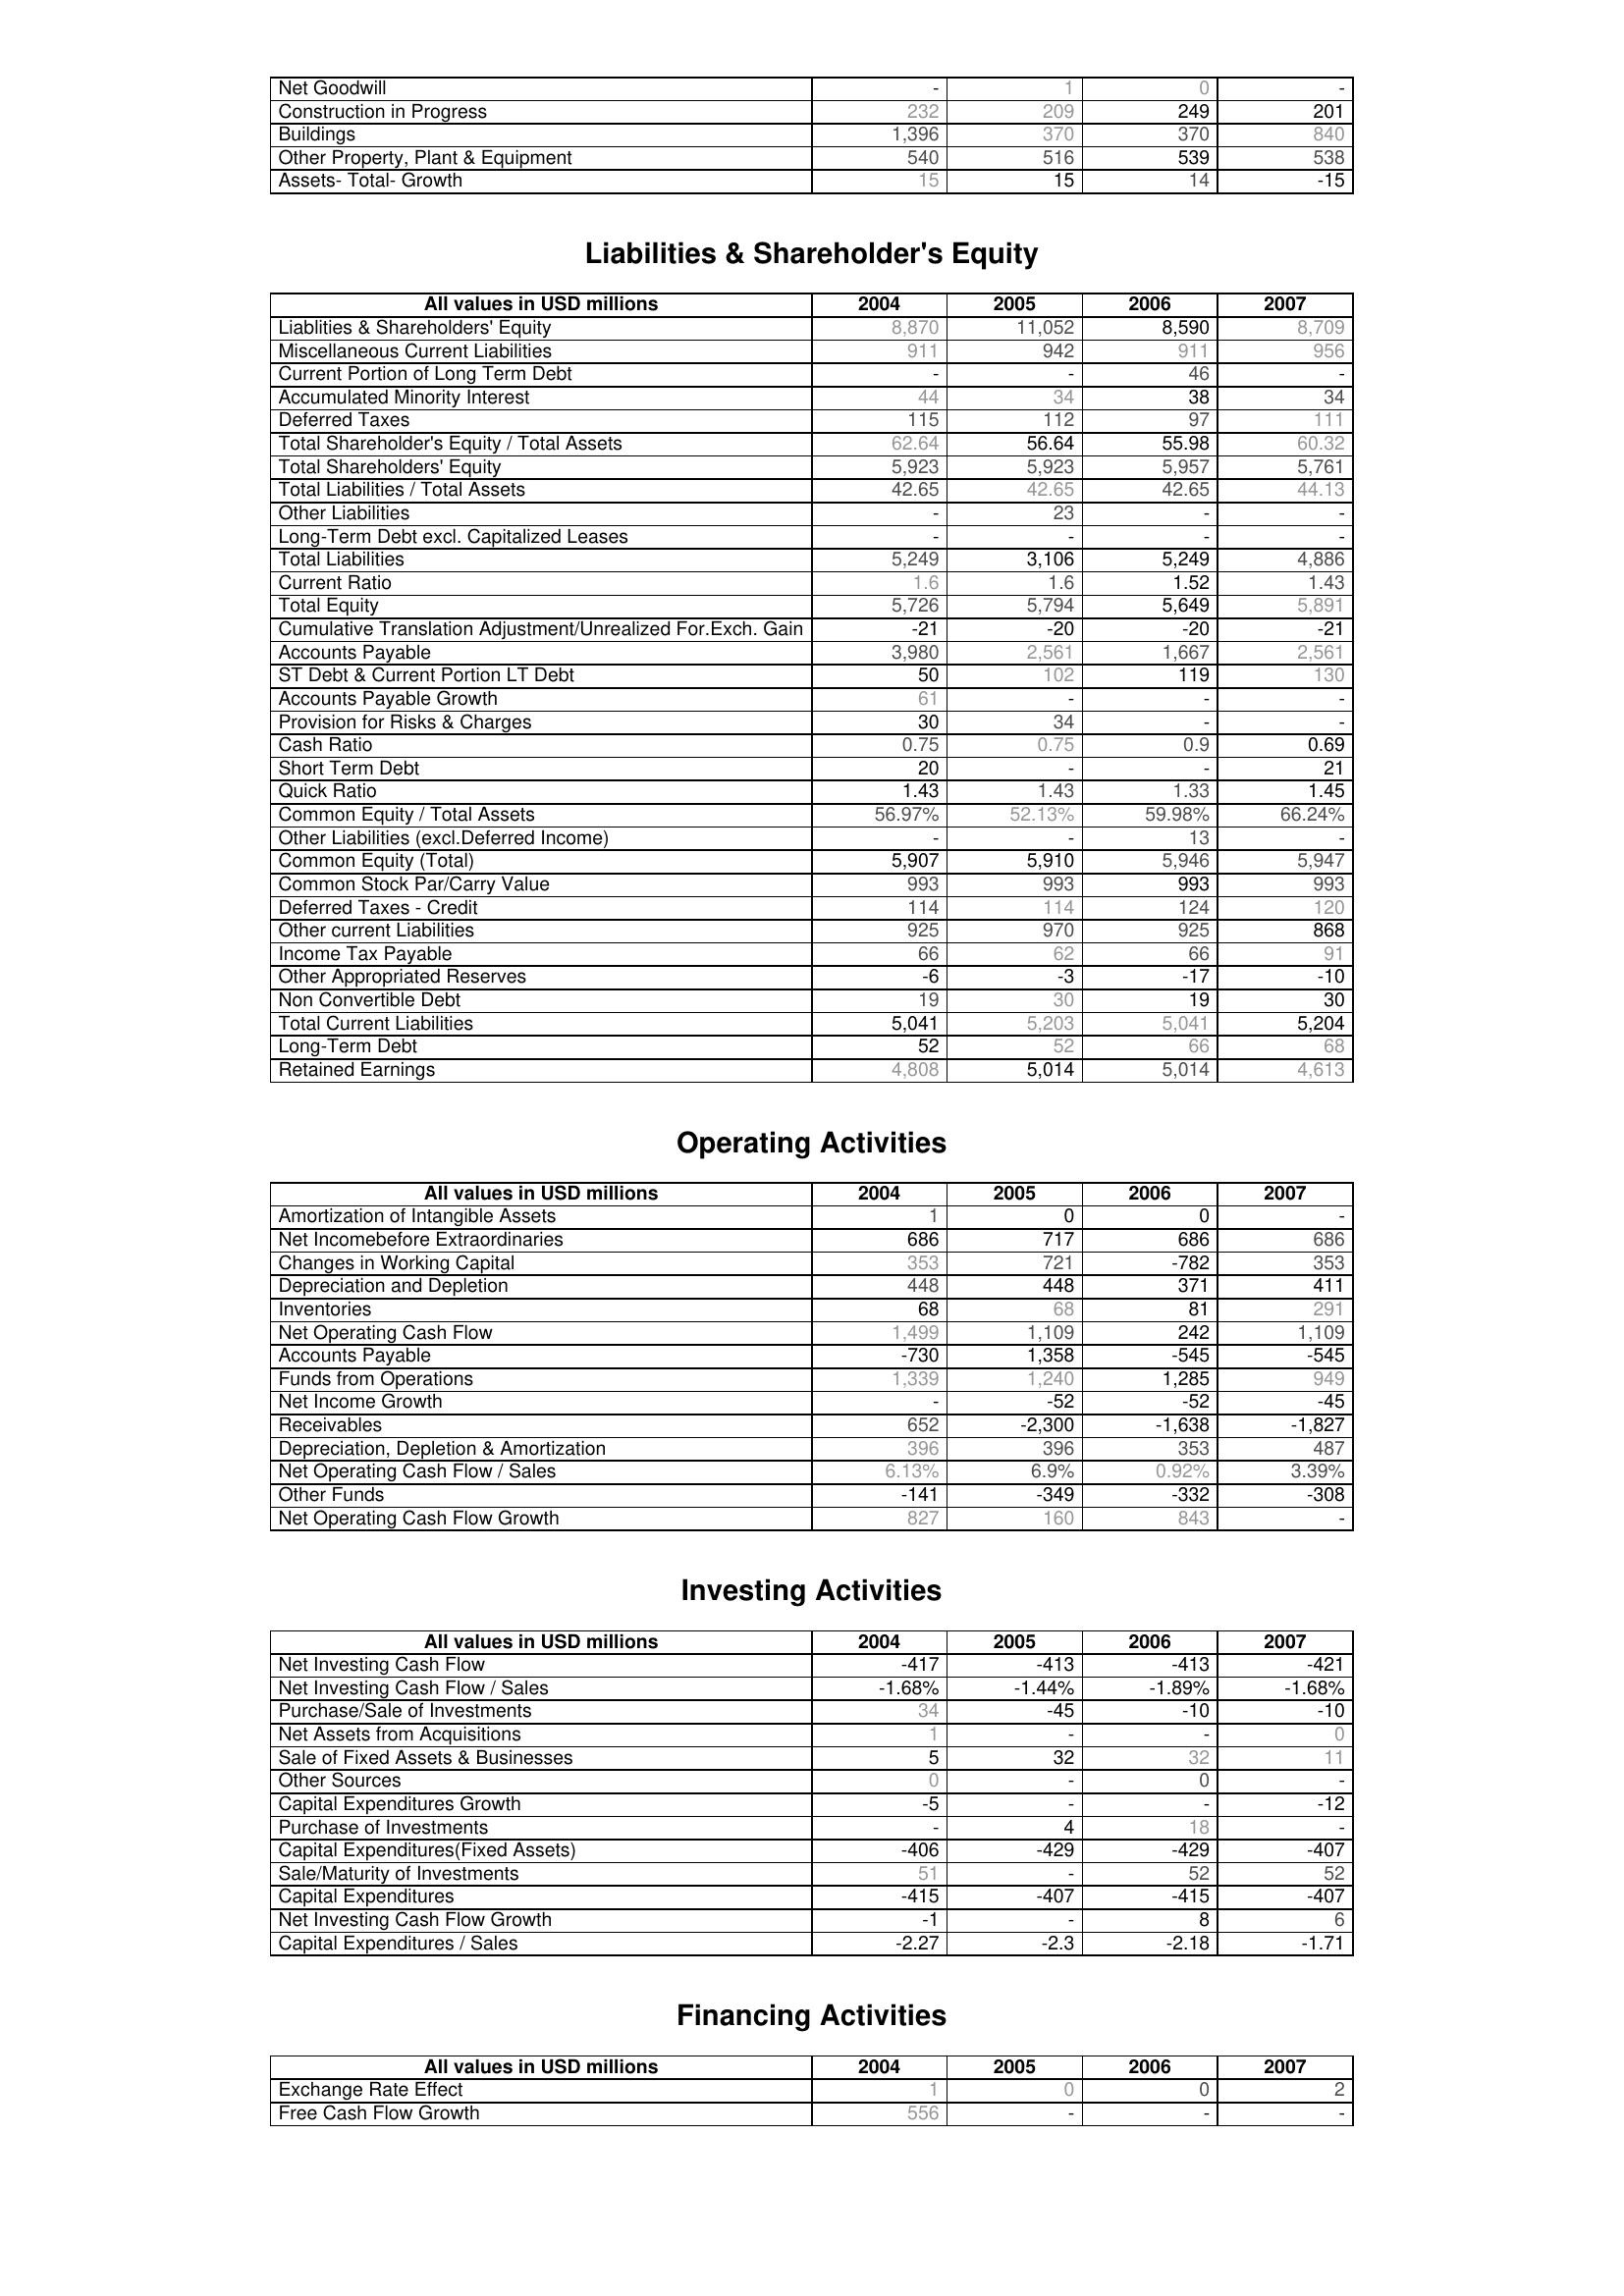
2004: Assets: Net Goodwill: -
Construction in Progress: 232
Buildings: 1,396
Other Property, Plant & Equipment: 540
Assets- Total- Growth: 15
Liabilities & Shareholder's Equity: Liablities & Shareholders' Equity: 8,870
Miscellaneous Current Liabilities: 911
Current Portion of Long Term Debt: -
Accumulated Minority Interest: 44
Deferred Taxes: 115
Total Shareholder's Equity / Total Assets: 62.64
Total Shareholders' Equity: 5,923
Total Liabilities / Total Assets: 42.65
Other Liabilities: -
Long-Term Debt excl. Capitalized Leases: -
Total Liabilities: 5,249
Current Ratio: 1.6
Total Equity: 5,726
Cumulative Translation Adjustment/Unrealized For.Exch. Gain: -21
Accounts Payable: 3,980
ST Debt & Current Portion LT Debt: 50
Accounts Payable Growth: 61
Provision for Risks & Charges: 30
Cash Ratio: 0.75
Short Term Debt: 20
Quick Ratio: 1.43
Common Equity / Total Assets: 56.97%
Other Liabilities (excl.Deferred Income): -
Common Equity (Total): 5,907
Common Stock Par/Carry Value: 993
Deferred Taxes - Credit: 114
Other current Liabilities: 925
Income Tax Payable: 66
Other Appropriated Reserves: -6
Non Convertible Debt: 19
Total Current Liabilities: 5,041
Long-Term Debt: 52
Retained Earnings: 4,808
Operating Activities: Amortization of Intangible Assets: 1
Net Incomebefore Extraordinaries: 686
Changes in Working Capital: 353
Depreciation and Depletion: 448
Inventories: 68
Net Operating Cash Flow: 1,499
Accounts Payable: -730
Funds from Operations: 1,339
Net Income Growth: -
Receivables: 652
Depreciation, Depletion & Amortization: 396
Net Operating Cash Flow / Sales: 6.13%
Other Funds: -141
Net Operating Cash Flow Growth: 827
Investing Activities: Net Investing Cash Flow: -417
Net Investing Cash Flow / Sales: -1.68%
Purchase/Sale of Investments: 34
Net Assets from Acquisitions: 1
Sale of Fixed Assets & Businesses: 5
Other Sources: 0
Capital Expenditures Growth: -5
Purchase of Investments: -
Capital Expenditures(Fixed Assets): -406
Sale/Maturity of Investments: 51
Capital Expenditures: -415
Net Investing Cash Flow Growth: -1
Capital Expenditures / Sales: -2.27
Financing Activities: Exchange Rate Effect: 1
Free Cash Flow Growth: 556
2005: Assets: Net Goodwill: 1
Construction in Progress: 209
Buildings: 370
Other Property, Plant & Equipment: 516
Assets- Total- Growth: 15
Liabilities & Shareholder's Equity: Liablities & Shareholders' Equity: 11,052
Miscellaneous Current Liabilities: 942
Current Portion of Long Term Debt: -
Accumulated Minority Interest: 34
Deferred Taxes: 112
Total Shareholder's Equity / Total Assets: 56.64
Total Shareholders' Equity: 5,923
Total Liabilities / Total Assets: 42.65
Other Liabilities: 23
Long-Term Debt excl. Capitalized Leases: -
Total Liabilities: 3,106
Current Ratio: 1.6
Total Equity: 5,794
Cumulative Translation Adjustment/Unrealized For.Exch. Gain: -20
Accounts Payable: 2,561
ST Debt & Current Portion LT Debt: 102
Accounts Payable Growth: -
Provision for Risks & Charges: 34
Cash Ratio: 0.75
Short Term Debt: -
Quick Ratio: 1.43
Common Equity / Total Assets: 52.13%
Other Liabilities (excl.Deferred Income): -
Common Equity (Total): 5,910
Common Stock Par/Carry Value: 993
Deferred Taxes - Credit: 114
Other current Liabilities: 970
Income Tax Payable: 62
Other Appropriated Reserves: -3
Non Convertible Debt: 30
Total Current Liabilities: 5,203
Long-Term Debt: 52
Retained Earnings: 5,014
Operating Activities: Amortization of Intangible Assets: 0
Net Incomebefore Extraordinaries: 717
Changes in Working Capital: 721
Depreciation and Depletion: 448
Inventories: 68
Net Operating Cash Flow: 1,109
Accounts Payable: 1,358
Funds from Operations: 1,240
Net Income Growth: -52
Receivables: -2,300
Depreciation, Depletion & Amortization: 396
Net Operating Cash Flow / Sales: 6.9%
Other Funds: -349
Net Operating Cash Flow Growth: 160
Investing Activities: Net Investing Cash Flow: -413
Net Investing Cash Flow / Sales: -1.44%
Purchase/Sale of Investments: -45
Net Assets from Acquisitions: -
Sale of Fixed Assets & Businesses: 32
Other Sources: -
Capital Expenditures Growth: -
Purchase of Investments: 4
Capital Expenditures(Fixed Assets): -429
Sale/Maturity of Investments: -
Capital Expenditures: -407
Net Investing Cash Flow Growth: -
Capital Expenditures / Sales: -2.3
Financing Activities: Exchange Rate Effect: 0
Free Cash Flow Growth: -
2006: Assets: Net Goodwill: 0
Construction in Progress: 249
Buildings: 370
Other Property, Plant & Equipment: 539
Assets- Total- Growth: 14
Liabilities & Shareholder's Equity: Liablities & Shareholders' Equity: 8,590
Miscellaneous Current Liabilities: 911
Current Portion of Long Term Debt: 46
Accumulated Minority Interest: 38
Deferred Taxes: 97
Total Shareholder's Equity / Total Assets: 55.98
Total Shareholders' Equity: 5,957
Total Liabilities / Total Assets: 42.65
Other Liabilities: -
Long-Term Debt excl. Capitalized Leases: -
Total Liabilities: 5,249
Current Ratio: 1.52
Total Equity: 5,649
Cumulative Translation Adjustment/Unrealized For.Exch. Gain: -20
Accounts Payable: 1,667
ST Debt & Current Portion LT Debt: 119
Accounts Payable Growth: -
Provision for Risks & Charges: -
Cash Ratio: 0.9
Short Term Debt: -
Quick Ratio: 1.33
Common Equity / Total Assets: 59.98%
Other Liabilities (excl.Deferred Income): 13
Common Equity (Total): 5,946
Common Stock Par/Carry Value: 993
Deferred Taxes - Credit: 124
Other current Liabilities: 925
Income Tax Payable: 66
Other Appropriated Reserves: -17
Non Convertible Debt: 19
Total Current Liabilities: 5,041
Long-Term Debt: 66
Retained Earnings: 5,014
Operating Activities: Amortization of Intangible Assets: 0
Net Incomebefore Extraordinaries: 686
Changes in Working Capital: -782
Depreciation and Depletion: 371
Inventories: 81
Net Operating Cash Flow: 242
Accounts Payable: -545
Funds from Operations: 1,285
Net Income Growth: -52
Receivables: -1,638
Depreciation, Depletion & Amortization: 353
Net Operating Cash Flow / Sales: 0.92%
Other Funds: -332
Net Operating Cash Flow Growth: 843
Investing Activities: Net Investing Cash Flow: -413
Net Investing Cash Flow / Sales: -1.89%
Purchase/Sale of Investments: -10
Net Assets from Acquisitions: -
Sale of Fixed Assets & Businesses: 32
Other Sources: 0
Capital Expenditures Growth: -
Purchase of Investments: 18
Capital Expenditures(Fixed Assets): -429
Sale/Maturity of Investments: 52
Capital Expenditures: -415
Net Investing Cash Flow Growth: 8
Capital Expenditures / Sales: -2.18
Financing Activities: Exchange Rate Effect: 0
Free Cash Flow Growth: -
2007: Assets: Net Goodwill: -
Construction in Progress: 201
Buildings: 840
Other Property, Plant & Equipment: 538
Assets- Total- Growth: -15
Liabilities & Shareholder's Equity: Liablities & Shareholders' Equity: 8,709
Miscellaneous Current Liabilities: 956
Current Portion of Long Term Debt: -
Accumulated Minority Interest: 34
Deferred Taxes: 111
Total Shareholder's Equity / Total Assets: 60.32
Total Shareholders' Equity: 5,761
Total Liabilities / Total Assets: 44.13
Other Liabilities: -
Long-Term Debt excl. Capitalized Leases: -
Total Liabilities: 4,886
Current Ratio: 1.43
Total Equity: 5,891
Cumulative Translation Adjustment/Unrealized For.Exch. Gain: -21
Accounts Payable: 2,561
ST Debt & Current Portion LT Debt: 130
Accounts Payable Growth: -
Provision for Risks & Charges: -
Cash Ratio: 0.69
Short Term Debt: 21
Quick Ratio: 1.45
Common Equity / Total Assets: 66.24%
Other Liabilities (excl.Deferred Income): -
Common Equity (Total): 5,947
Common Stock Par/Carry Value: 993
Deferred Taxes - Credit: 120
Other current Liabilities: 868
Income Tax Payable: 91
Other Appropriated Reserves: -10
Non Convertible Debt: 30
Total Current Liabilities: 5,204
Long-Term Debt: 68
Retained Earnings: 4,613
Operating Activities: Amortization of Intangible Assets: -
Net Incomebefore Extraordinaries: 686
Changes in Working Capital: 353
Depreciation and Depletion: 411
Inventories: 291
Net Operating Cash Flow: 1,109
Accounts Payable: -545
Funds from Operations: 949
Net Income Growth: -45
Receivables: -1,827
Depreciation, Depletion & Amortization: 487
Net Operating Cash Flow / Sales: 3.39%
Other Funds: -308
Net Operating Cash Flow Growth: -
Investing Activities: Net Investing Cash Flow: -421
Net Investing Cash Flow / Sales: -1.68%
Purchase/Sale of Investments: -10
Net Assets from Acquisitions: 0
Sale of Fixed Assets & Businesses: 11
Other Sources: -
Capital Expenditures Growth: -12
Purchase of Investments: -
Capital Expenditures(Fixed Assets): -407
Sale/Maturity of Investments: 52
Capital Expenditures: -407
Net Investing Cash Flow Growth: 6
Capital Expenditures / Sales: -1.71
Financing Activities: Exchange Rate Effect: 2
Free Cash Flow Growth: -